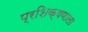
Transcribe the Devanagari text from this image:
प्रशिक्षणाला